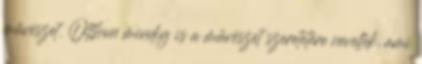
művészet. Otthon mindig is a művészet szeretetére neveltek, ami